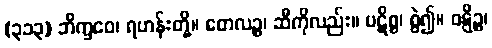
(၃၁၃) ဘိက္ခဝေ၊ ရဟန်းတို့။ တေလဉ္စ၊ ဆီကိုလည်း။ ပဋိစ္စ၊ စွဲ၍။ ဝဋ္ဋိဉ္စ၊